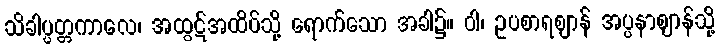
သိခါပ္ပတ္တကာလေ၊ အထွဋ်အထိပ်သို့ ရောက်သော အခါ၌။ ဝါ၊ ဥပစာရဈာန် အပ္ပနာဈာန်သို့